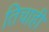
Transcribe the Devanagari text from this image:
तिचाही